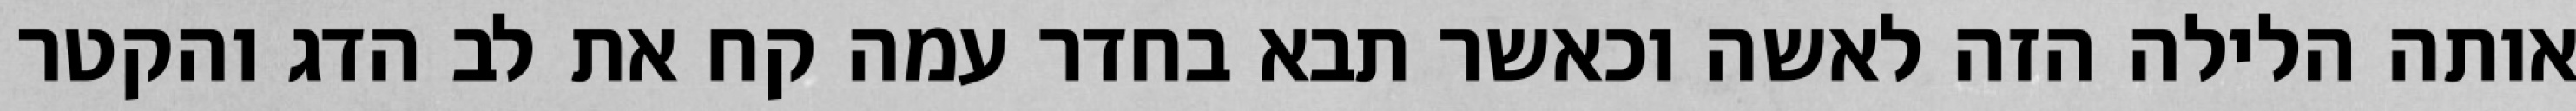
אותה הלילה הזה לאשה וכאשר תבא בחדר עמה קח את לב הדג והקטר